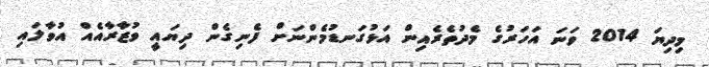
މިދިޔަ 2014 ވަނަ އަހަރުގެ މެދުތެރެއިން އަޅުގަނޑުމެންނަށް ފެނިގެން ދިޔައީ ވުޒާރާއެއް އުވާލައި